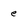
Character: e